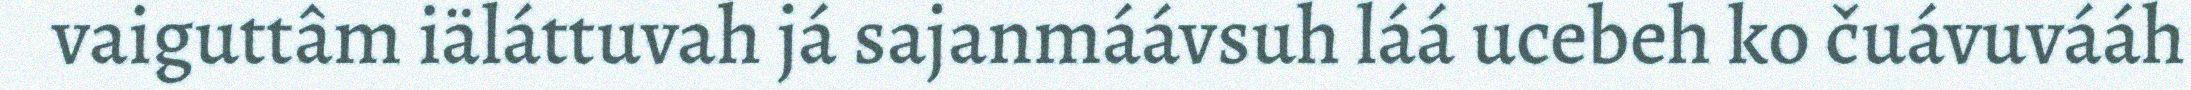
vaiguttâm iäláttuvah já sajanmáávsuh láá ucebeh ko čuávuvááh